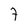
Character: 7